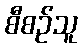
စီစဉ်သူ